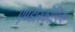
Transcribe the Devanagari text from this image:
एण्डोस्कोपिक